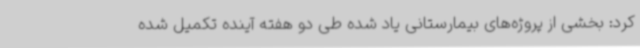
کرد: بخشی از پروژه‌های بیمارستانی یاد شده طی دو هفته آینده تکمیل شده